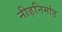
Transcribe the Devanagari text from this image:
नीड़निर्माड़